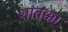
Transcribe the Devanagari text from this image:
शांतक्का